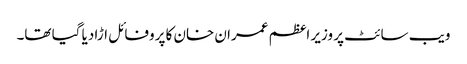
ویب سائٹ پر وزیر اعظم عمران خان کا پروفائل اڑا دیا گیا تھا۔